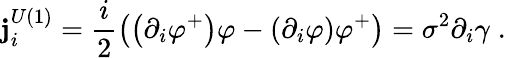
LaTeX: \mathbf{j}_{i}^{U(1)}=\frac{{i}}{{2}}\left(\left(\partial_{i}\varphi^{+}\right)\varphi-\left(\partial_{i}\varphi\right)\varphi^{+}\right)=\sigma^{2}\partial_{i}\gamma\; \mathrm{{.}}